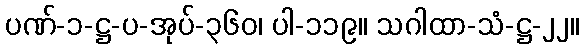
ပဏ်-၁-ဋ္ဌ-ပ-အုပ်-၃၆၀၊ ပါ-၁၁၉။ သဂါထာ-သံ-ဋ္ဌ-၂၂။